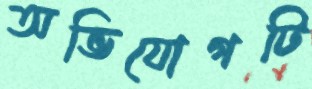
অভিযোগটি